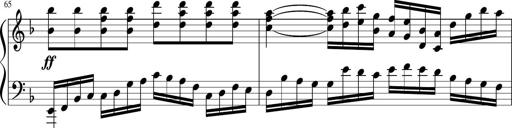
Title: Sonatina in F major
Composer: Ethan Ngo
Key: F major